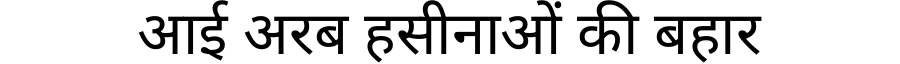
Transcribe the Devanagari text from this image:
आई अरब हसीनाओं की बहार